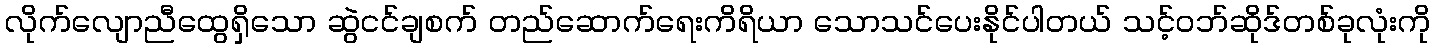
လိုက်လျောညီထွေရှိသော ဆွဲငင်ချစက် တည်ဆောက်ရေးကိရိယာ သောသင်ပေးနိုင်ပါတယ် သင့်ဝဘ်ဆိုဒ်တစ်ခုလုံးကို